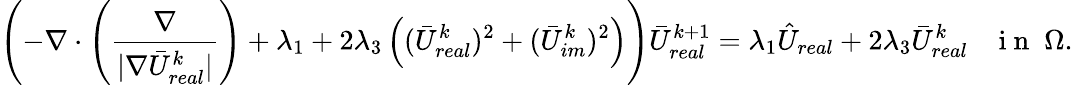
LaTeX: \left(-\nabla\cdot\left(\frac{\nabla}{|\nabla\bar{U}_{real}^{k}|}\right)+\lambda_{1}+2\lambda_{3}\left((\bar{U}_{real}^{k})^{2}+(\bar{U}_{im}^{k})^{2}\right)\right)\bar{U}_{real}^{k+1}=\lambda_{1}\hat{U}_{real}+2\lambda_{3}\bar{U}_{real}^{k}\; \; \; \mathrm{~i~n~}\; \Omega.